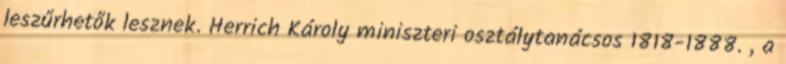
leszűrhetők lesznek. Herrich Károly miniszteri osztálytanácsos 1818-1888. , a